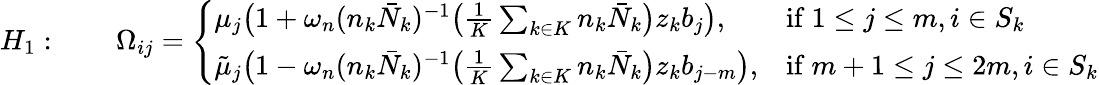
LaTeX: H_{1}:\qquad\Omega_{ij}=\left\{ \begin{array}{ll}{\mu_{j}\bigl(1+\omega_{n}(n_{k}\bar{N}_{k})^{-1}\big(\frac{1}{K}\sum_{k\in K}n_{k}\bar{N}_{k}\big)z_{k}b_{j}\bigr),}&{\mathrm{if~}1\leq j\leq m,i\in S_{k}}\\ {\tilde{\mu}_{j}\bigl(1-\omega_{n}(n_{k}\bar{N}_{k})^{-1}\big(\frac{1}{K}\sum_{k\in K}n_{k}\bar{N}_{k}\big)z_{k}b_{j-m}\bigr),}&{\mathrm{if~}m+1\leq j\leq 2m,i\in S_{k}}\end{array}\right.